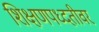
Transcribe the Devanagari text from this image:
शिक्षणपध्दतीवर